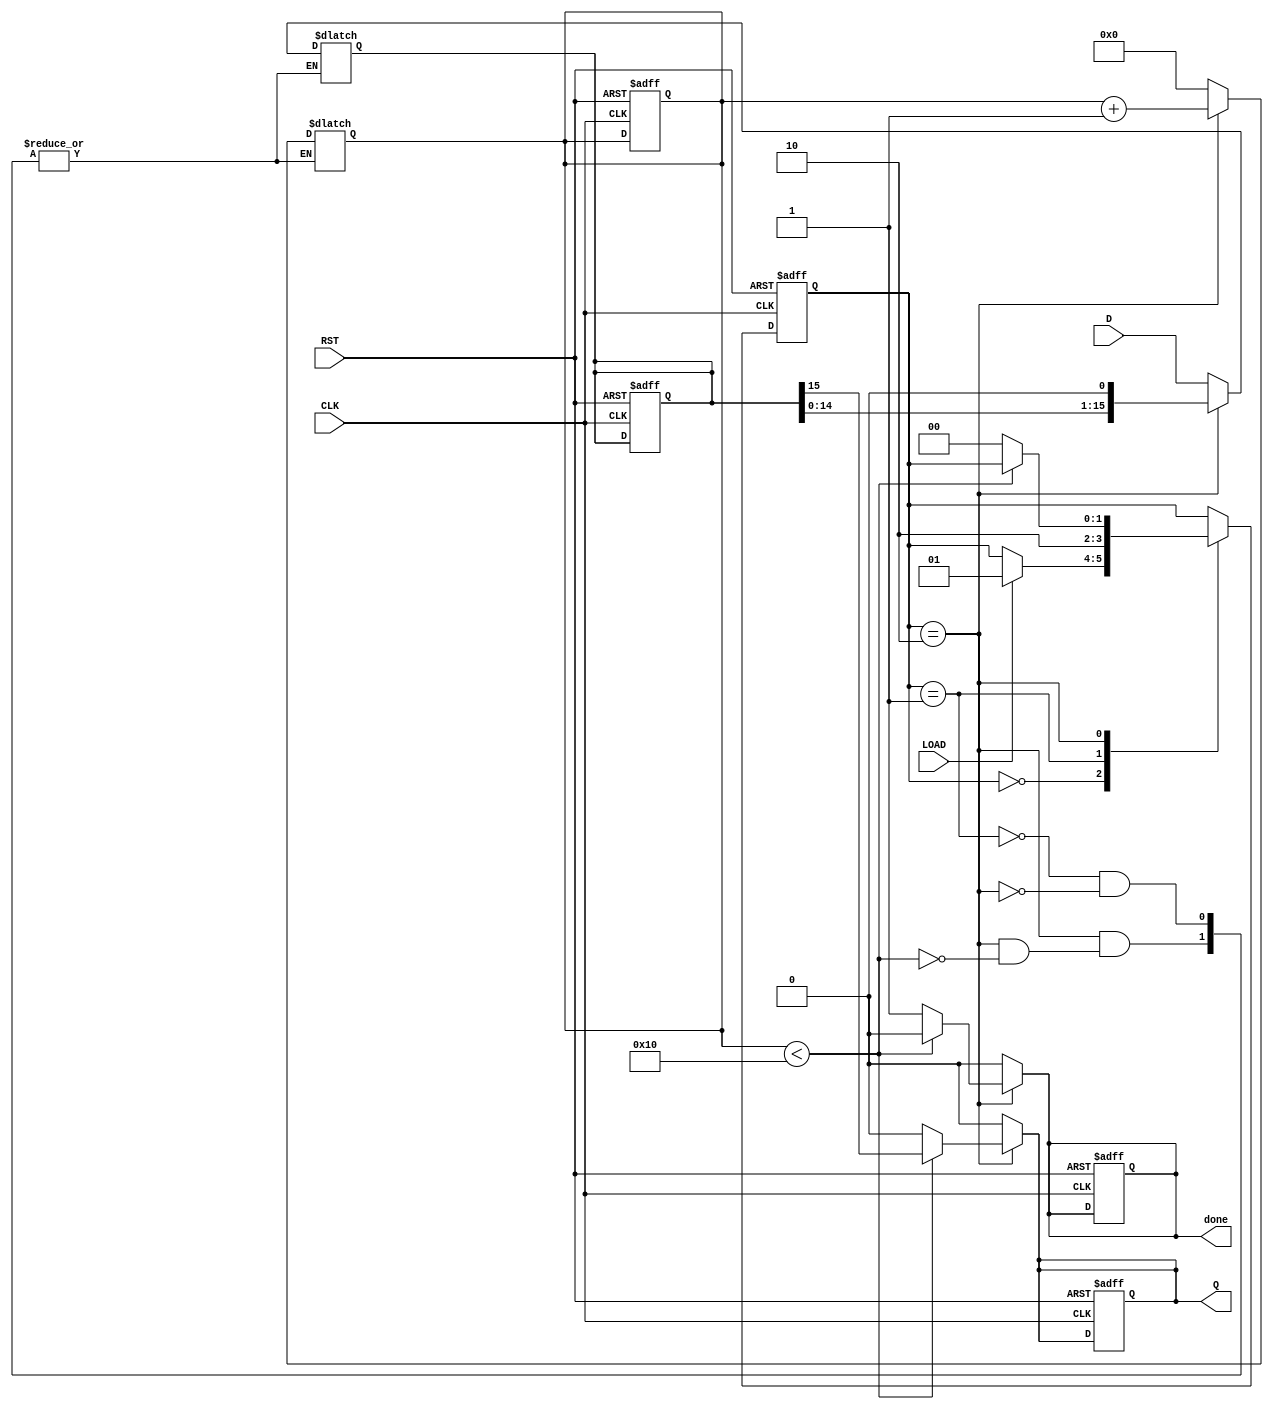
module PISO_Register (
    input wire [15:0] D,       // 16-bit parallel data input
    input wire LOAD,           // Load control signal
    input wire CLK,            // Clock signal
    input wire RST,            // Reset signal
    output reg Q,              // Serial output
    output reg done            // Indication signal for completion
);

    reg [15:0] internal_reg;    // Internal register to hold the data
    reg [4:0] shift_count;      // Counter for number of bits shifted out

    // State definitions
    localparam IDLE = 2'b00, LOAD_STATE = 2'b01, SHIFT_STATE = 2'b10;
    reg [1:0] state, next_state;

    // Sequential logic for state transitions
    always @(posedge CLK or posedge RST) begin
        if (RST) begin
            state <= IDLE;
            internal_reg <= 16'b0;
            Q <= 1'b0;
            shift_count <= 5'b0;
            done <= 1'b0;
        end else begin
            state <= next_state;
        end
    end

    // Combinational logic for state machine
    always @* begin
        next_state = state;
        Q = 1'b0;
        done = 1'b0;

        case (state)
            IDLE: begin
                if (LOAD) begin
                    next_state = LOAD_STATE;
                end
            end

            LOAD_STATE: begin
                internal_reg = D; // Load data into internal register
                shift_count = 5'b0; // Reset shift count
                next_state = SHIFT_STATE; // Move to shift state
            end

            SHIFT_STATE: begin
                if (shift_count < 16) begin
                    Q = internal_reg[15]; // Output the MSB
                    internal_reg = {internal_reg[14:0], 1'b0}; // Shift left
                    shift_count = shift_count + 1; // Increment shift count
                end else begin
                    done = 1'b1; // Indicate that shifting is done
                    next_state = IDLE; // Return to IDLE state after shifting
                end
            end
        endcase
    end

endmodule